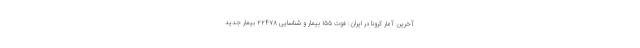
آخرین آمار کرونا در ایران: فوت ۱۵۵ بیمار و شناسایی ۲۲۴۷۸ بیمار جدید